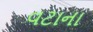
વટાના